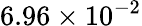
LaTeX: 6.96\times 10^{-2}